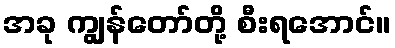
အခု ကျွန်တော်တို့ စီးရအောင်။